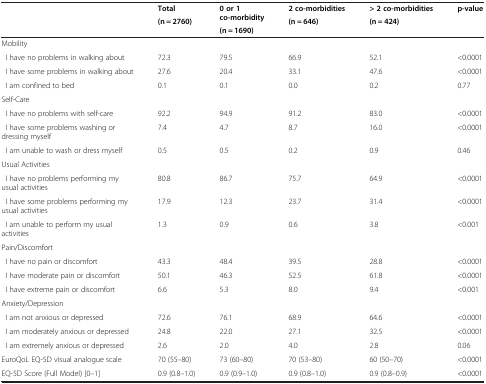
<table><thead><tr><td><b> </b></td><td><b>Total</b></td><td><b>0 or 1 co-morbidity</b></td><td><b>2 co-morbidities</b></td><td><b>&gt; 2 co-morbidities</b></td><td><b>p-value</b></td></tr><tr><td><b> </b></td><td><b>(n = 2760)</b></td><td><b> </b></td><td><b>(n = 646)</b></td><td><b>(n = 424)</b></td><td><b> </b></td></tr><tr><td><b> </b></td><td><b> </b></td><td><b>(n = 1690)</b></td><td><b> </b></td><td><b> </b></td><td><b> </b></td></tr></thead><tbody><tr><td>Mobility</td><td> </td><td> </td><td> </td><td> </td><td> </td></tr><tr><td> I have no problems in walking about</td><td>72.3</td><td>79.5</td><td>66.9</td><td>52.1</td><td>&lt;0.0001</td></tr><tr><td> I have some problems in walking about</td><td>27.6</td><td>20.4</td><td>33.1</td><td>47.6</td><td>&lt;0.0001</td></tr><tr><td> I am confined to bed</td><td>0.1</td><td>0.1</td><td>0.0</td><td>0.2</td><td>0.77</td></tr><tr><td colspan="6">Self-Care</td></tr><tr><td> I have no problems with self-care</td><td>92.2</td><td>94.9</td><td>91.2</td><td>83.0</td><td>&lt;0.0001</td></tr><tr><td> I have some problems washing or dressing myself</td><td>7.4</td><td>4.7</td><td>8.7</td><td>16.0</td><td>&lt;0.0001</td></tr><tr><td> I am unable to wash or dress myself</td><td>0.5</td><td>0.5</td><td>0.2</td><td>0.9</td><td>0.46</td></tr><tr><td colspan="6">Usual Activities</td></tr><tr><td> I have no problems performing my usual activities</td><td>80.8</td><td>86.7</td><td>75.7</td><td>64.9</td><td>&lt;0.0001</td></tr><tr><td> I have some problems performing my usual activities</td><td>17.9</td><td>12.3</td><td>23.7</td><td>31.4</td><td>&lt;0.0001</td></tr><tr><td> I am unable to perform my usual activities</td><td>1.3</td><td>0.9</td><td>0.6</td><td>3.8</td><td>&lt;0.001</td></tr><tr><td colspan="6">Pain/Discomfort</td></tr><tr><td> I have no pain or discomfort</td><td>43.3</td><td>48.4</td><td>39.5</td><td>28.8</td><td>&lt;0.0001</td></tr><tr><td> I have moderate pain or discomfort</td><td>50.1</td><td>46.3</td><td>52.5</td><td>61.8</td><td>&lt;0.0001</td></tr><tr><td> I have extreme pain or discomfort</td><td>6.6</td><td>5.3</td><td>8.0</td><td>9.4</td><td>&lt;0.001</td></tr><tr><td colspan="6">Anxiety/Depression</td></tr><tr><td> I am not anxious or depressed</td><td>72.6</td><td>76.1</td><td>68.9</td><td>64.6</td><td>&lt;0.0001</td></tr><tr><td> I am moderately anxious or depressed</td><td>24.8</td><td>22.0</td><td>27.1</td><td>32.5</td><td>&lt;0.0001</td></tr><tr><td> I am extremely anxious or depressed</td><td>2.6</td><td>2.0</td><td>4.0</td><td>2.8</td><td>0.06</td></tr><tr><td>EuroQoL EQ-5D visual analogue scale</td><td>70 (55–80)</td><td>73 (60–80)</td><td>70 (53–80)</td><td>60 (50–70)</td><td>&lt;0.0001</td></tr><tr><td>EQ-5D Score (Full Model) [0–1]</td><td>0.9 (0.8–1.0)</td><td>0.9 (0.9–1.0)</td><td>0.9 (0.8–1.0)</td><td>0.9 (0.8–0.9)</td><td>&lt;0.0001</td></tr></tbody></table>